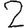
Digit: 2